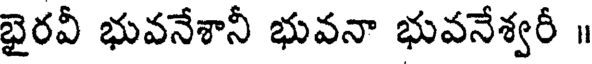
భైరవీ భువనేశానీ భువనా భువనేశ్వరీ ॥